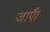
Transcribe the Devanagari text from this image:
जाऍं।